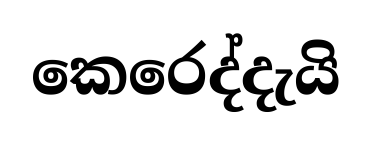
කෙරෙද්දැයි